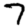
Digit: 7